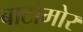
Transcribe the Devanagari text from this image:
बाटोमोर